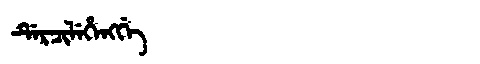
Manchu: ᡩᡝᡵᠴᡳᠯᡝᡥᡝᠩᡤᡝ
Romanization: DERCILEHENGGE